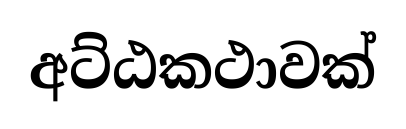
අට්ඨකථාවක්